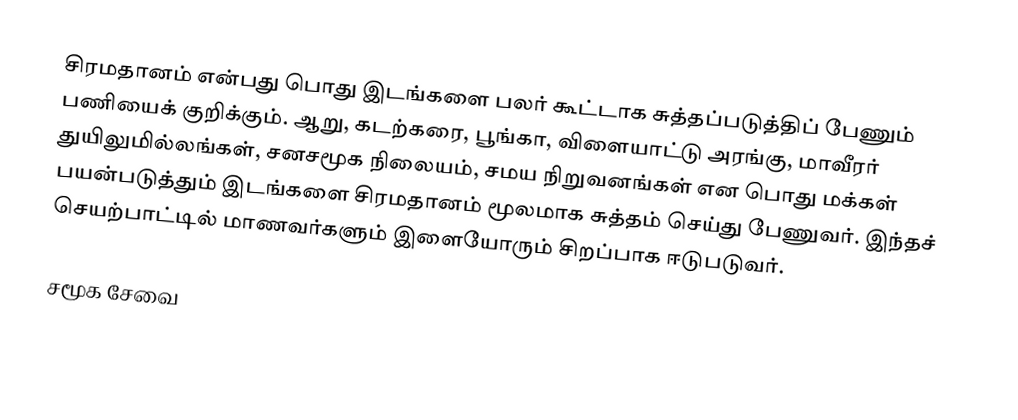
சிரமதானம் என்பது பொது இடங்களை பலர் கூட்டாக சுத்தப்படுத்திப் பேணும் பணியைக் குறிக்கும்.  ஆறு, கடற்கரை, பூங்கா, விளையாட்டு அரங்கு, மாவீரர் துயிலுமில்லங்கள், சனசமூக நிலையம், சமய நிறுவனங்கள் என பொது மக்கள் பயன்படுத்தும் இடங்களை சிரமதானம் மூலமாக சுத்தம் செய்து பேணுவர்.  இந்தச் செயற்பாட்டில் மாணவர்களும் இளையோரும் சிறப்பாக ஈடுபடுவர்.

சமூக சேவை